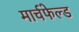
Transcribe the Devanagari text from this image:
मार्चफेल्ड